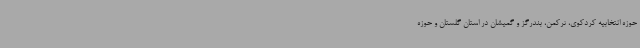
حوزه انتخابیه کردکوی، ترکمن، بندرگز و گمیشان در استان گلستان و حوزه